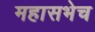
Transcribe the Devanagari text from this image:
महासभेच